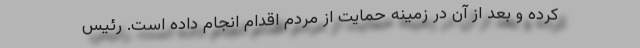
کرده و بعد از آن در زمینه حمایت از مردم اقدام انجام داده است. رئیس